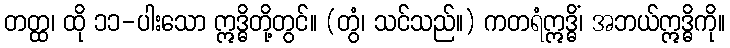
တတ္ထ၊ ထို ၁၁-ပါးသော ဣဒ္ဓိတို့တွင်။ (တွံ၊ သင်သည်။) ကတရံဣဒ္ဓိံ၊ အဘယ်ဣဒ္ဓိကို။